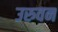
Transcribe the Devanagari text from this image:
उरुवन